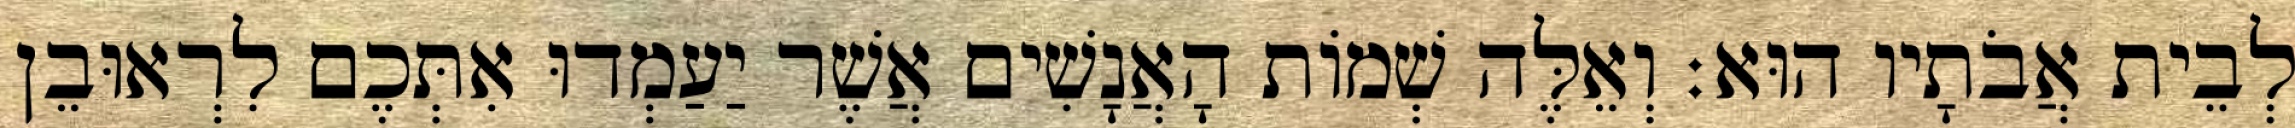
לְבֵית אֲבֹתָיו הוּא׃ וְאֵלֶּה שְׁמוֹת הָאֲנָשִׁים אֲשֶׁר יַעַמְדוּ אִתְּכֶם לִרְאוּבֵן